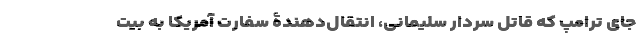
جای ترامپ که قاتل سردار سلیمانی، انتقال‌دهندۀ سفارت آمریکا به بیت